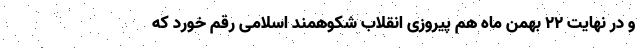
و در نهایت ٢٢ بهمن ماه هم پیروزی انقلاب شکوهمند اسلامی رقم خورد که